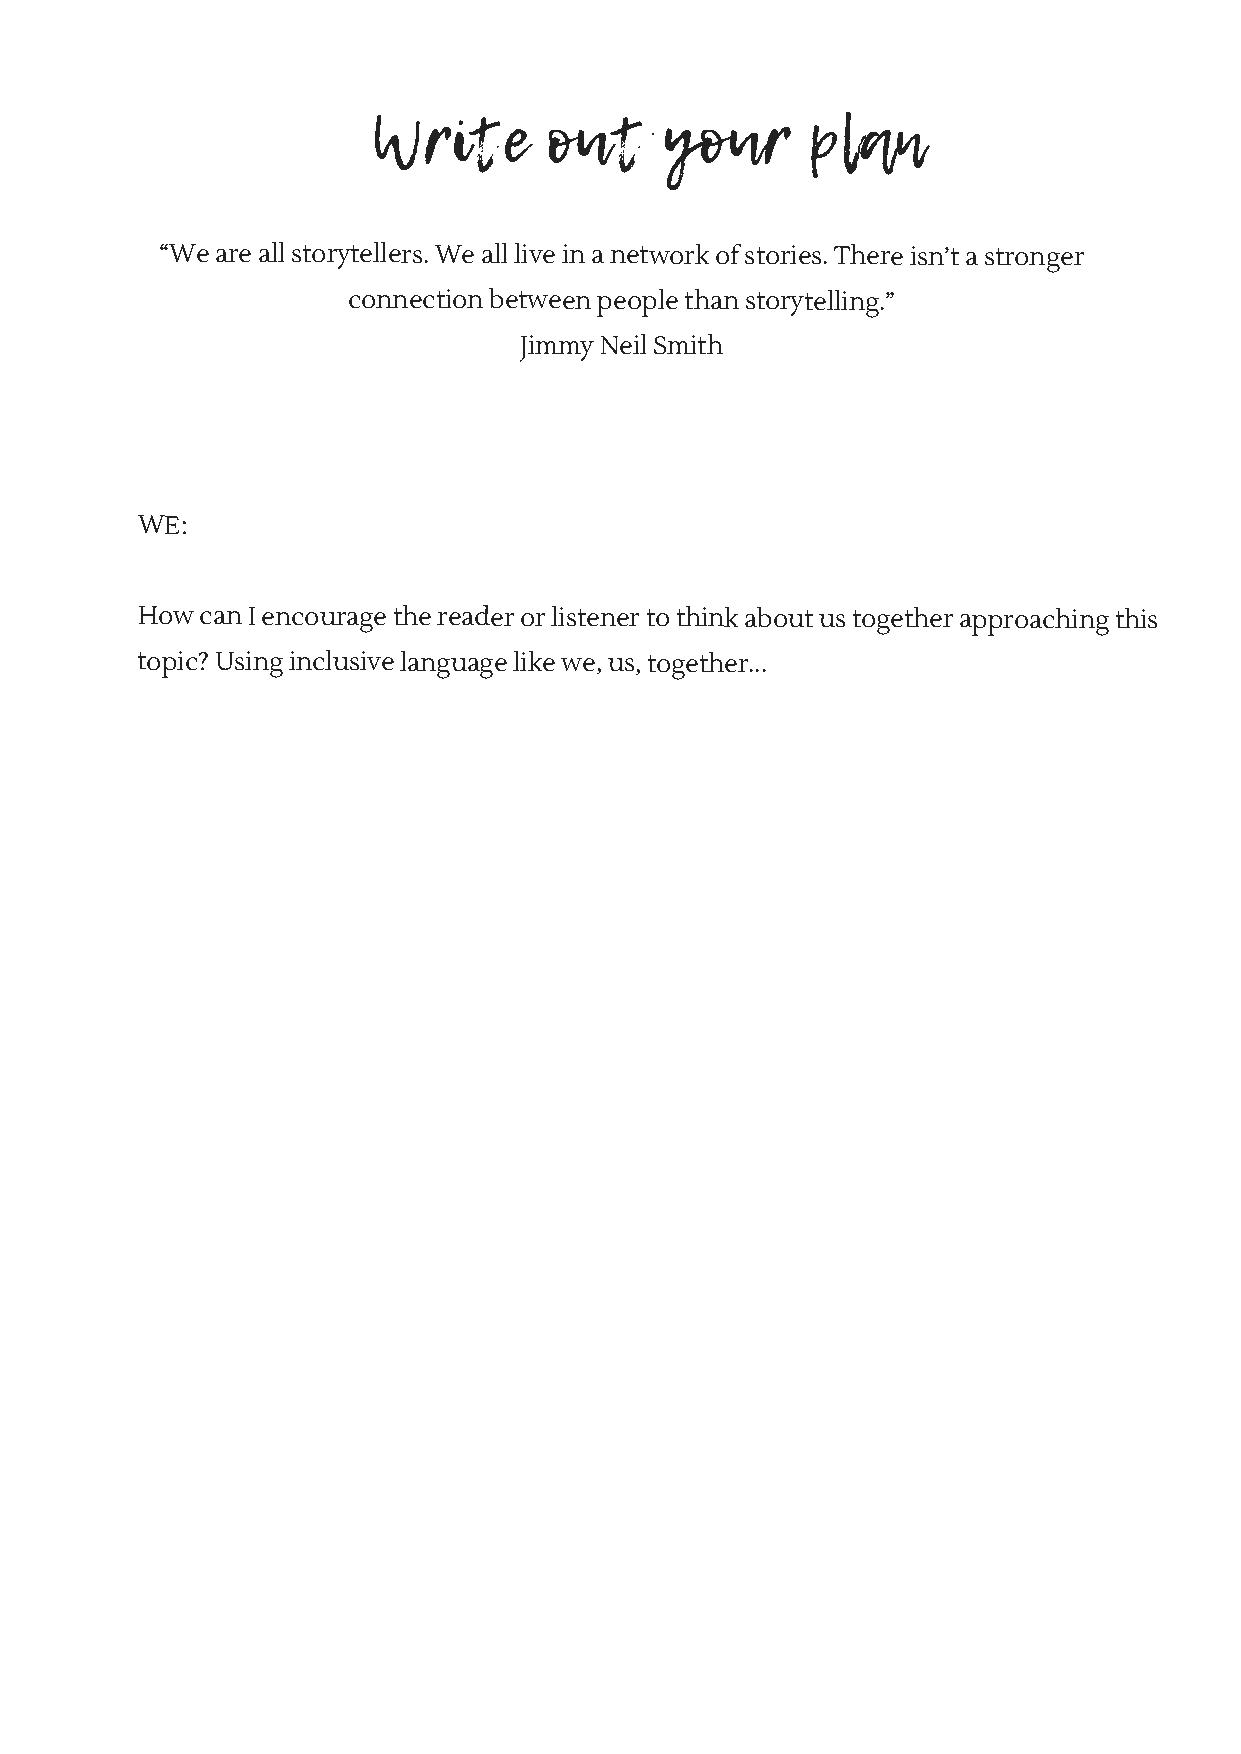
Write      out     your     plan
 “We are all storytellers. We all live in a network of stories. There isn’t a stronger
 connection between people than storytelling.”
 Jimmy Neil Smith
 WE:
 How can I encourage the reader or listener to think about us together approaching this
 topic? Using inclusive language like we, us, together...